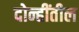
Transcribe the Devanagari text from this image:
दोन्हींतील